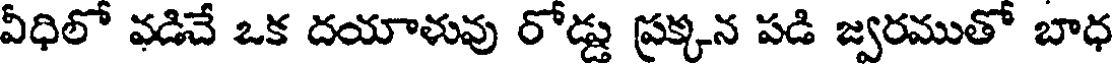
వీధిలో వడిచే ఒక దయాళువు రోడ్డు ప్రక్కన పడి జ్వరముతో బాధ